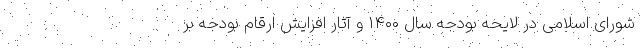
شورای اسلامی در لایحه بودجه سال ۱۴۰۰ و آثار افزایش ارقام بودجه بر